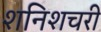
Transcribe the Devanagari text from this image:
शनिशचरी